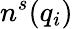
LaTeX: n^{s}(q_{i})